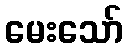
မေးသော်